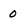
Character: 0